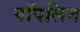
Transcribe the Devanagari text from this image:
पॉपलिन